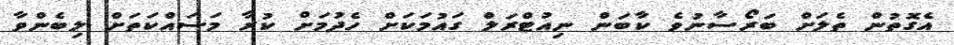
އެގޮތުން ތެލަށް ބަރޯސާނުވެ ކާބަން ނިއުޓްރަލް ގައުމަކަށް ހެދުމަށް ކުރާ މަސައްކަތަށް ލިބެންވާ